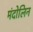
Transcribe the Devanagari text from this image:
मंदोलिन